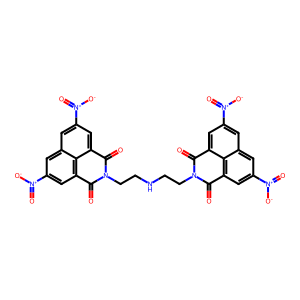
SMILES: O=C1c2cc([N+](=O)[O-])cc3cc([N+](=O)[O-])cc(c23)C(=O)N1CCNCCN1C(=O)c2cc([N+](=O)[O-])cc3cc([N+](=O)[O-])cc(c23)C1=O
Inhibits HIV replication: No